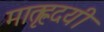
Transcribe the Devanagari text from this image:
मातृह्रदयी